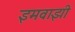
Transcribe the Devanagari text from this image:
इमवाझी